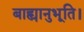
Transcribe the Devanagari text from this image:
बाह्यानुभूति।